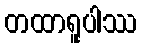
တထာရူပါဿ